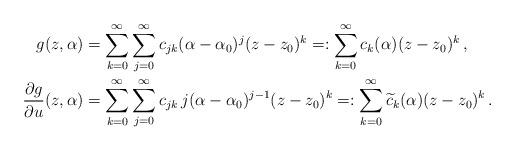
LaTeX: \begin{align*} g(z,\alpha) &= \sum_{k=0}^{\infty} \sum_{j=0}^{\infty} c_{jk} (\alpha-\alpha_0)^j (z-z_0)^k=: \sum_{k=0}^{\infty} c_k(\alpha) (z-z_0)^k \,,\\ \frac{\partial g}{\partial u}(z,\alpha) &= \sum_{k=0}^{\infty} \sum_{j=0}^{\infty} c_{jk} \, j (\alpha-\alpha_0)^{j-1} (z-z_0)^{k}=: \sum_{k=0}^{\infty} \widetilde{c}_k(\alpha) (z-z_0)^k \,.\end{align*}